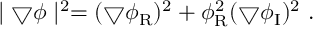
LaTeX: \mid \bigtriangledown \phi \mid ^ { 2 } = ( \bigtriangledown \phi _ { \mathrm { R } } ) ^ { 2 } + \phi _ { \mathrm { R } } ^ { 2 } ( \bigtriangledown \phi _ { \mathrm { I } } ) ^ { 2 } \ .